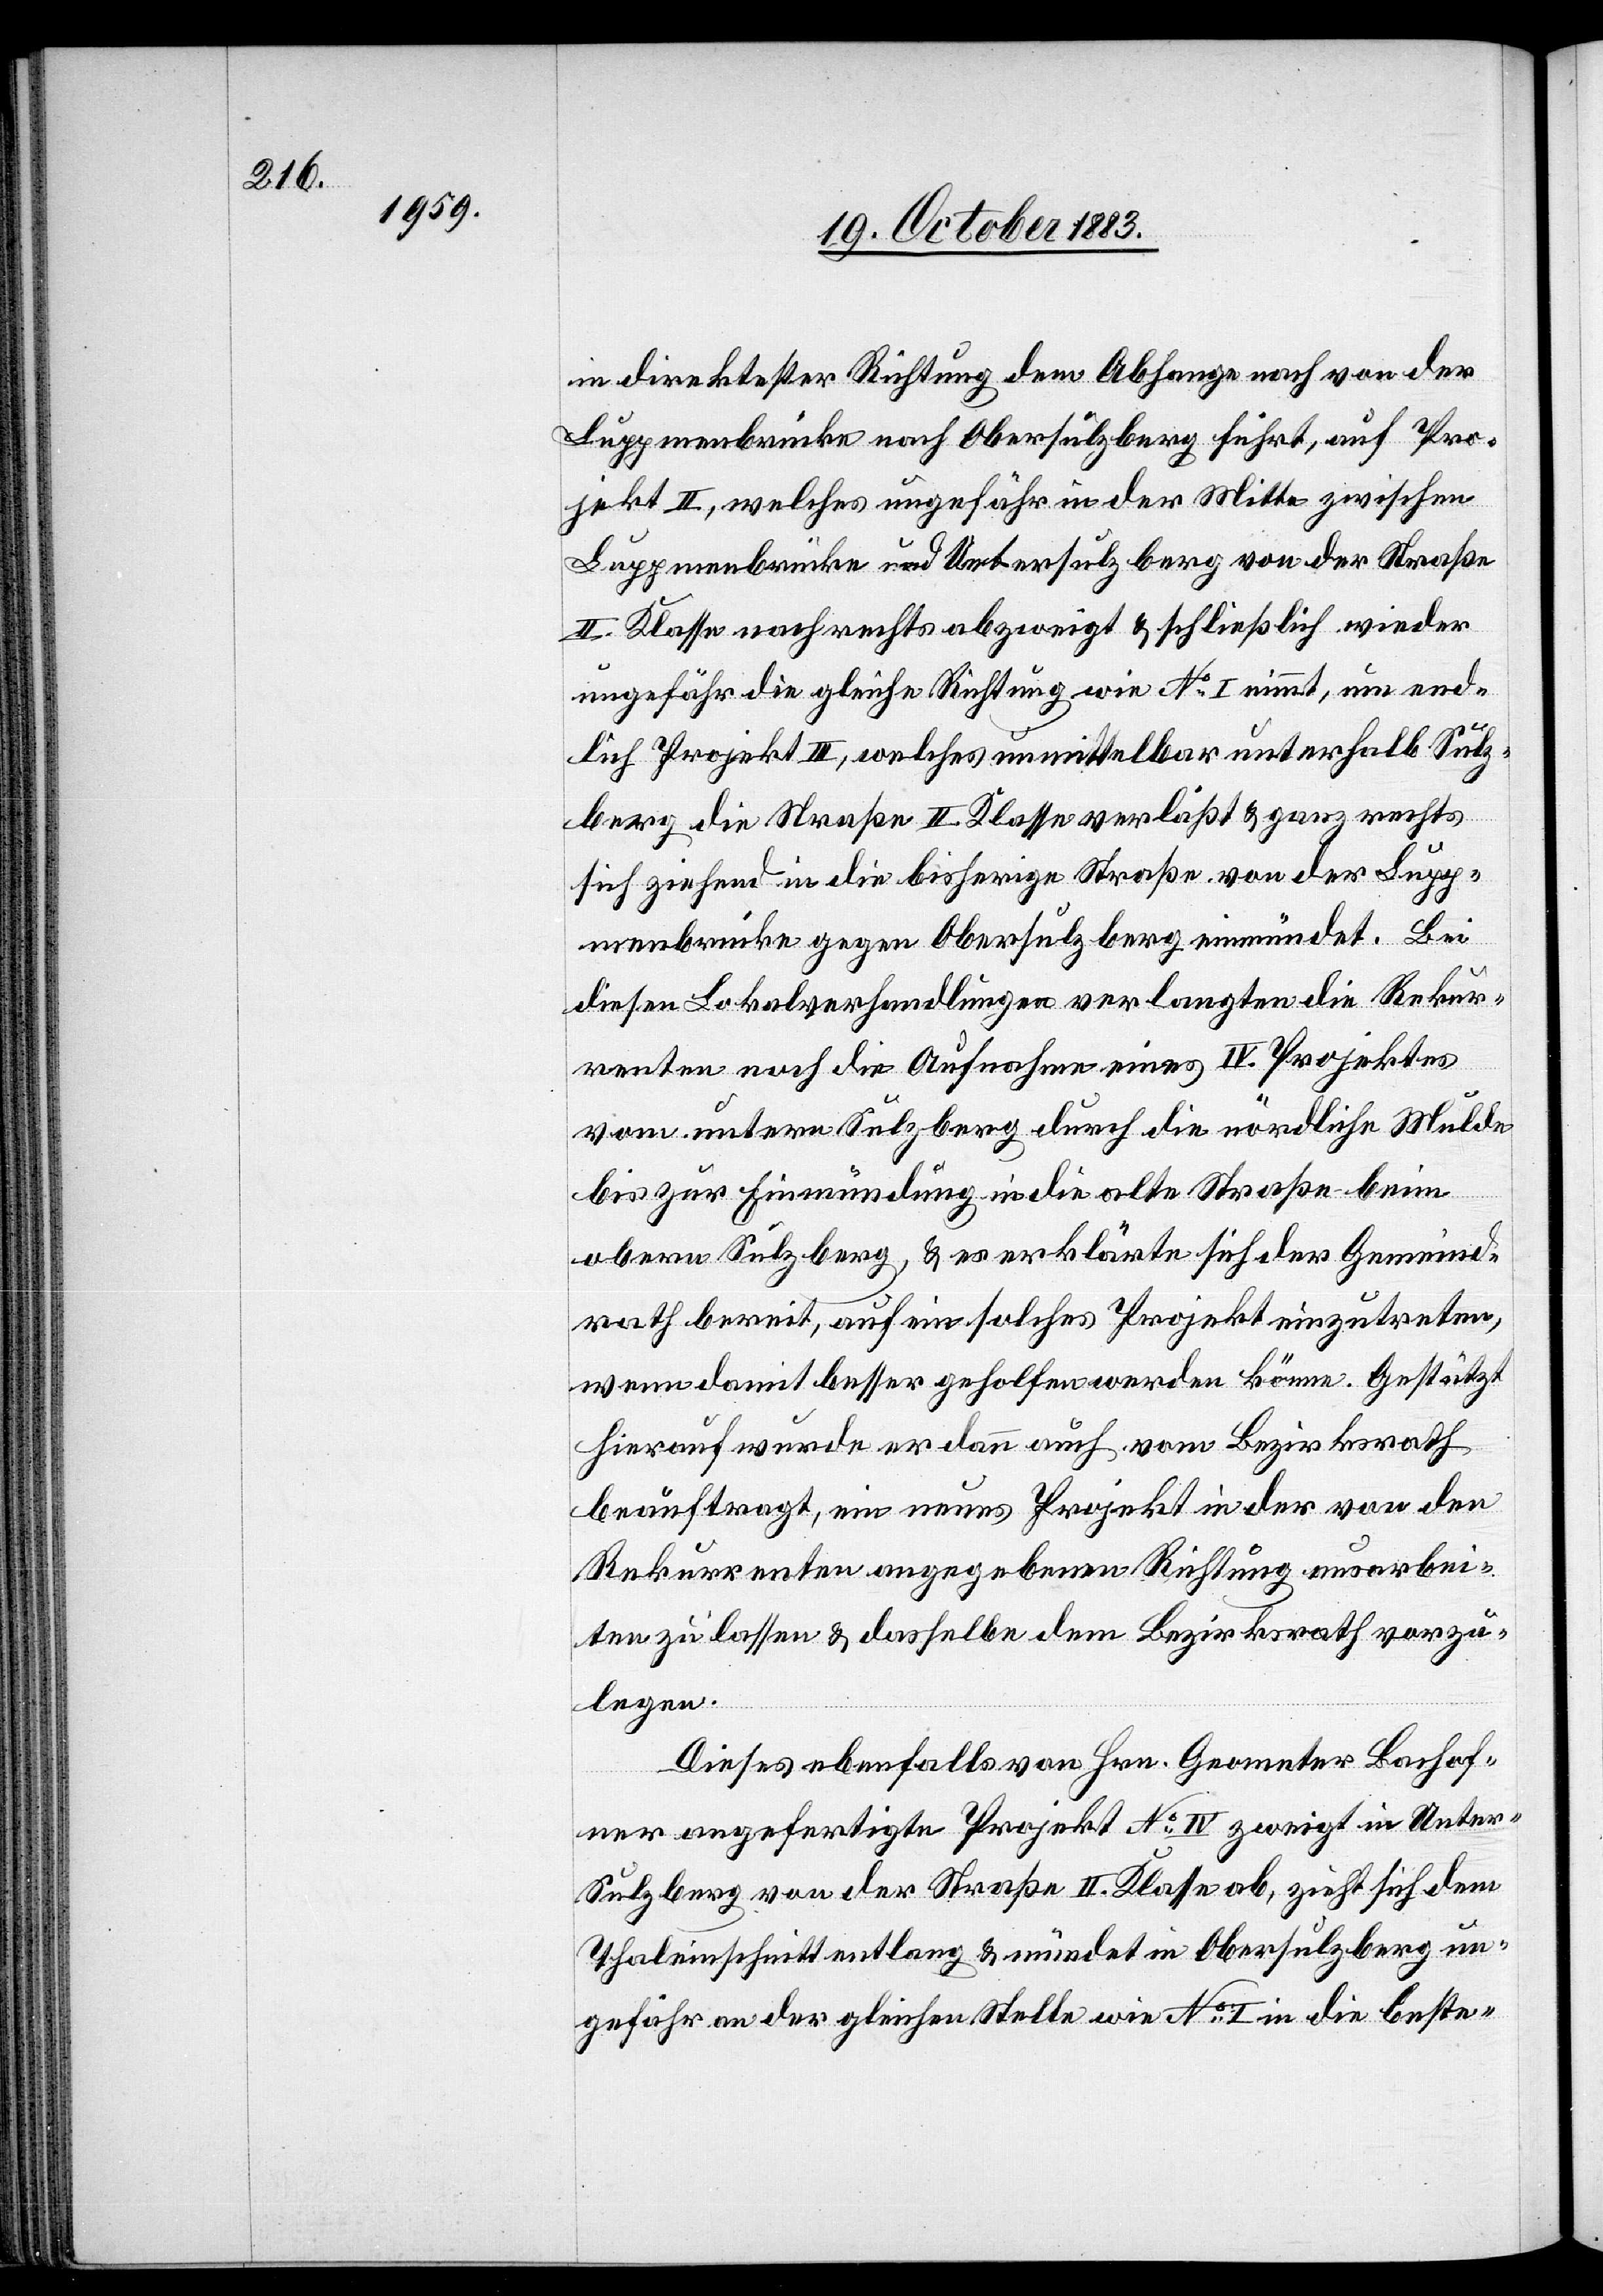
in direktester Richtung dem Abhange nach von der
Luppmenbrücke nach Obersulzberg führt, auf Pro¬
jekt II., welches ungefähr in der Mitte zwischen
Luppmenbrücke und Untersulzberg von der Straße
II. Klasse nach rechts abzweigt & schließlich wieder
ungefähr die gleiche Richtung wie No I nimmt, um end¬
lich Projekt III, welches unmittelbar unterhalb Sulz¬
berg die Straße II. Klasse verläßt & ganz rechts
sich ziehend in die bisherige Straße von der Lupp¬
menbrücke gegen Obersulzberg einmündet. Bei
diesen Lokalverhandlungen verlangten die Rekur¬
renten noch die Aufnahme eines IV. Projektes
vom untern Sulzberg durch die nördliche Mulde
bis zur Einmündung in die alte Straße beim
obern Sulzberg, & es erklärte sich der Gemeind¬
rath bereit, auf ein solches Projekt einzutreten,
wenn damit besser geholfen werden könne. Gestützt
hierauf wurde er dann auch vom Bezirksrath
beauftragt, ein neues Projekt in der von den
Rekurrenten angegebenen Richtung ausarbei¬
ten zu lassen & dasselbe dem Bezirksrath vorzu¬
legen.
Dieses ebenfalls von Hrn. Geometer Bachof¬
ner angefertigte Projekt No IV zweigt in Unte¬
r-Sulzberg von der Straße II. Klasse ab, zieht sich dem
Thaleinschnitt entlang & mündet in Obersulzberg un¬
gefähr an der gleichen Stelle wie No I in die beste-